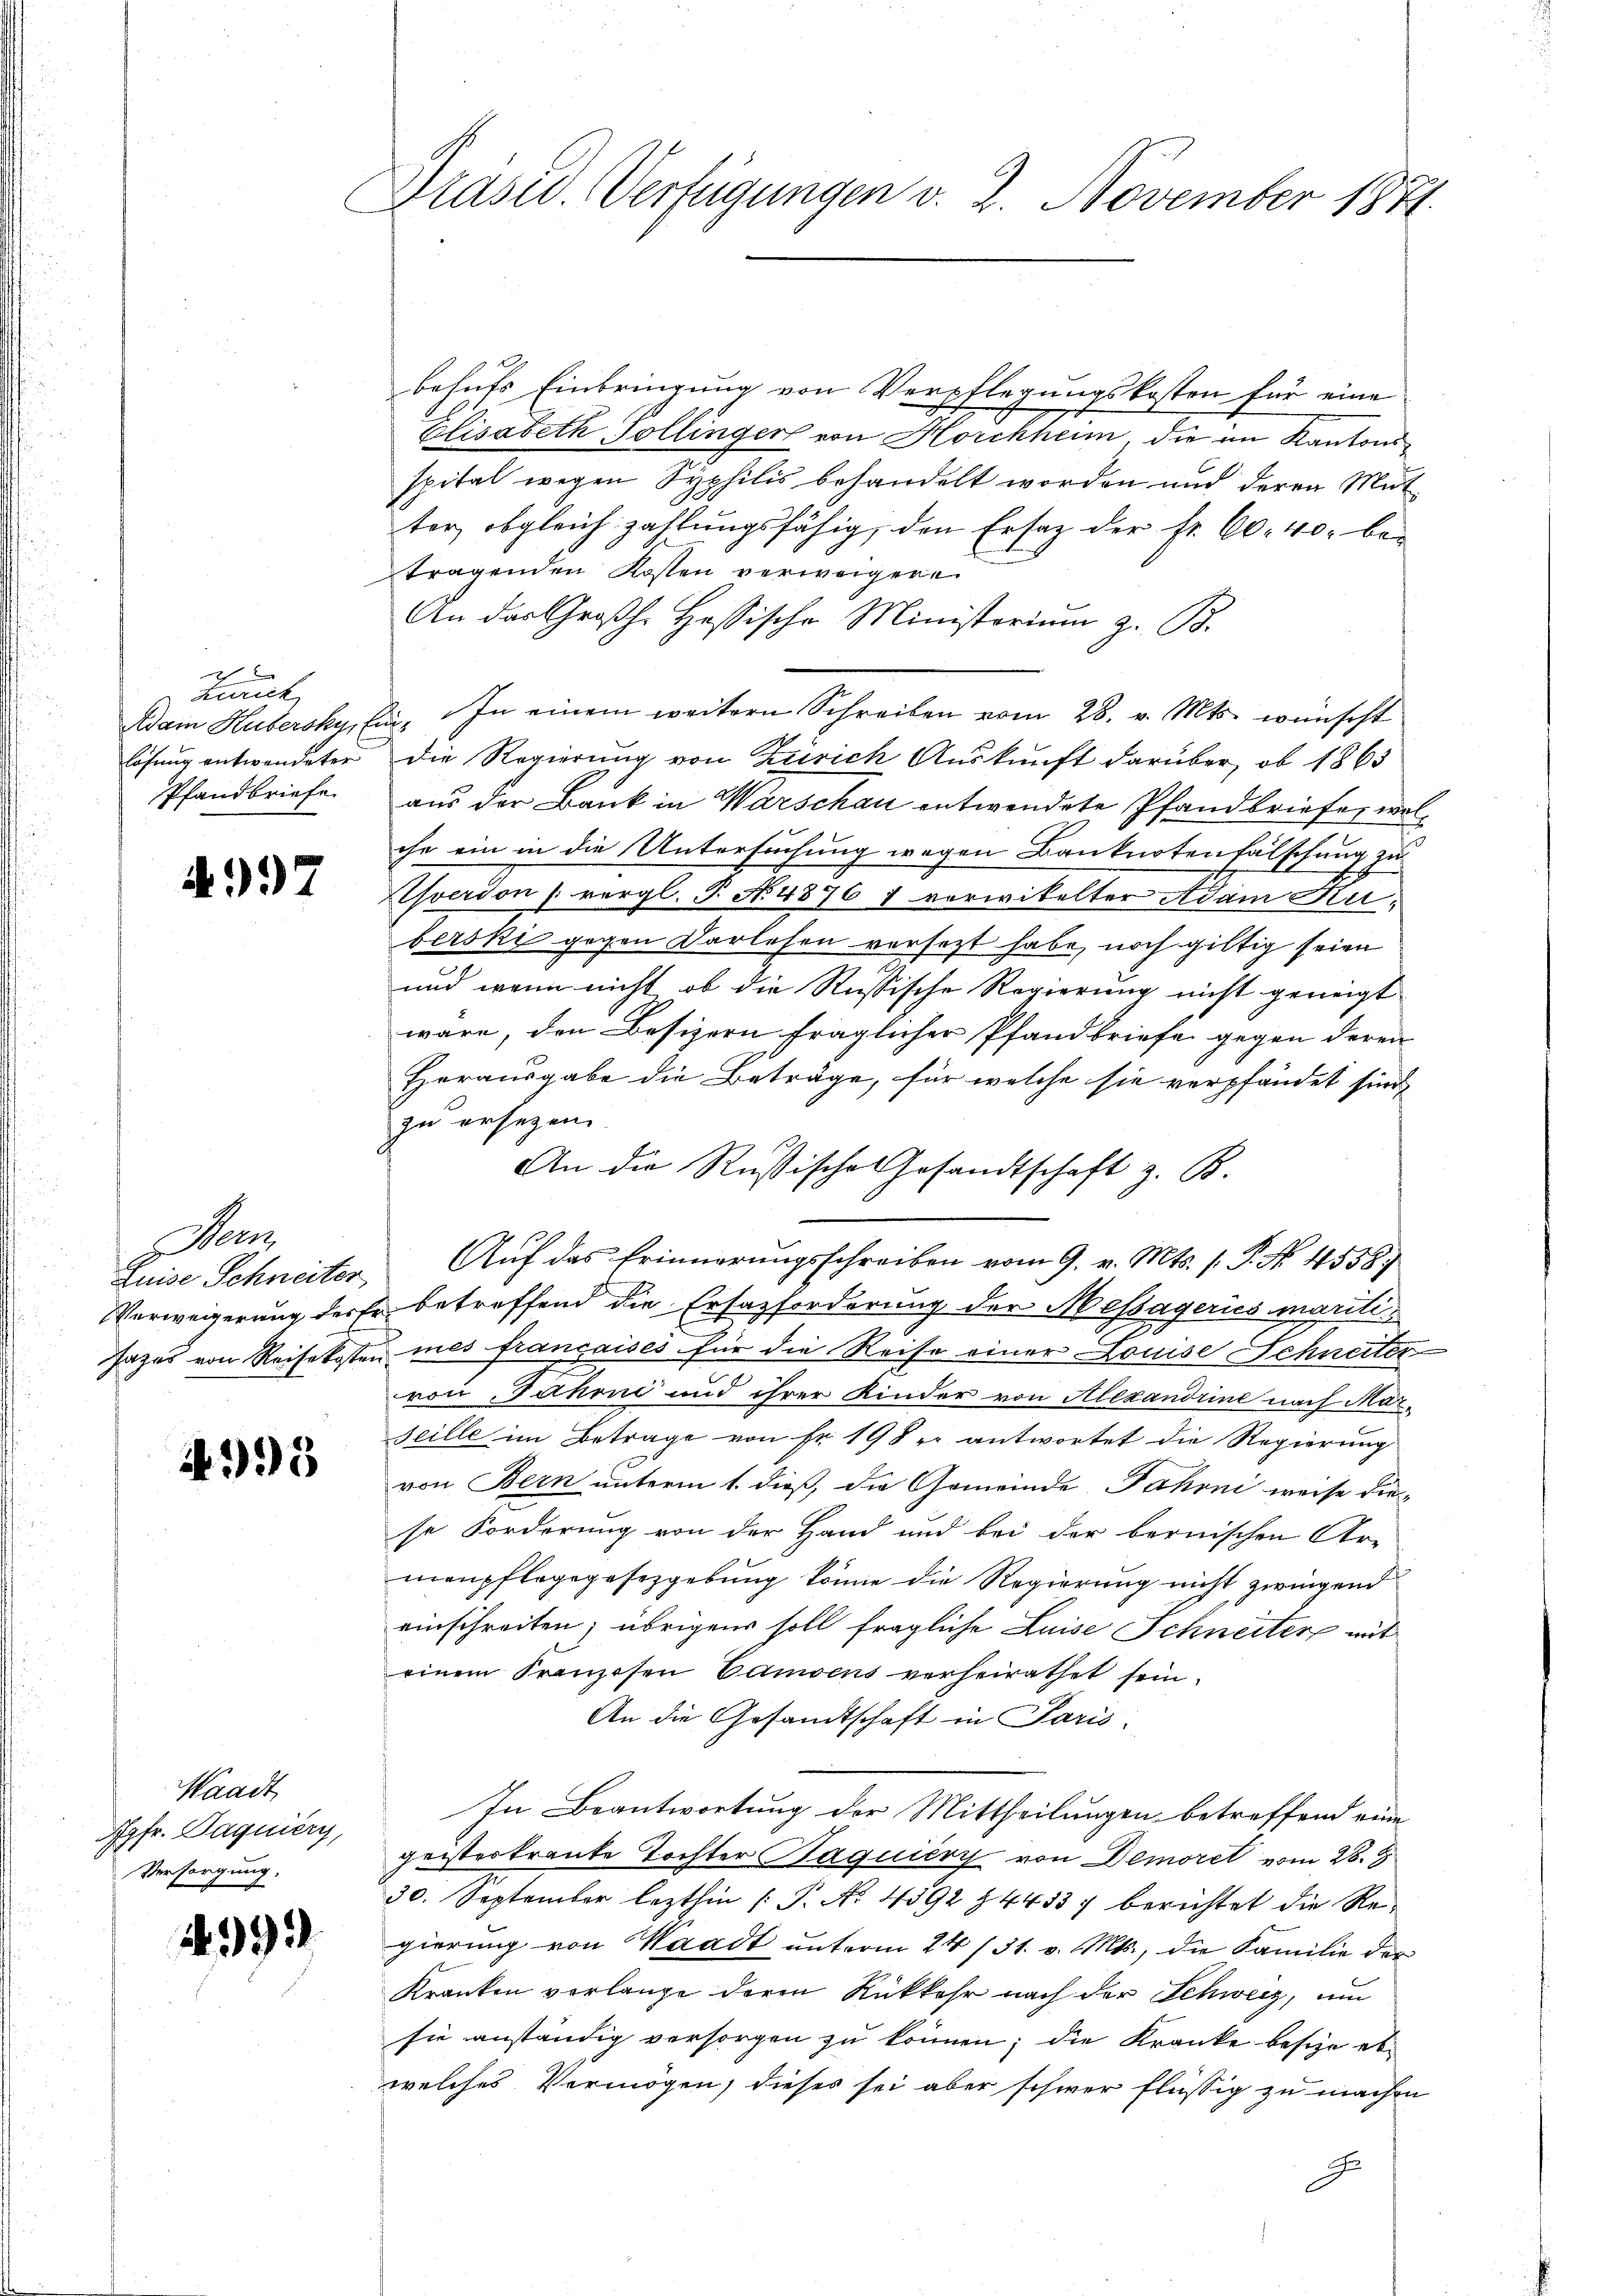
6
zurick
Adam Hubersky, Ein¬
Pfandbriefe

4997

o

395

Waadt
Apfr. Daquiery,
Versorgung.

4993

Präsid. Verfügungen v. 2. November 1871.

behufs Einbringung von Verpflegungskosten für eine
Elisabeth Sollinger von Horchheim, die im Kantonsspital wegen Syphilis behandelt worden und deren Mut
ter, obgleich zahlungsfähig, den Ersatz der Fr. 60. 40, be-
tragenden Kosten verweigere
An das Großh. Hassische Ministerium z. B.
In einem weitern Schreiben vom 28. v. Mts. wünscht
lösung entwendeter die Regierung von Zürich Auskunft darüber, ob 1865
aus der Bank in Warschau entwendete Pfandbriefe, welche ein in die Untersuchung wegen Banknotenfälschung zu
verdon vergl. P. Nr. 4876 7 vorwikelter Adam Ruberski gegen Darlehen versezt habe, noch giltig seien
und wenn nicht, ob die Russische Regierung nicht geneigt
wäre, den Besizern fraglicher Pfandbriefe gegen deren
Herausgabe die Beträge, für welche sie verpfändet sind,
zu ersezen
An die Rußische Gesandtschaft z. B.
Luise Schneiter. Auf das Erinnerungsschreiben vom 9. v. Mts. (: P. No. 4558)
Verweigerung der Er betreffend die Ersatzforderung der Messägeries maritisazes von Reisekosten mes françaises für die Reise einer Louise Schneiter
von Jahre und ihrer Kinder von Alexandrine nach Marseille im Betrage von Fr. 19 Fr. antwortet die Regierung
von Bern unterm 1. dieß, die Gemeinde Fahrni weise die-
se Forderung von der Hand und bei der bernischen Ar-
menpflegegesezgebung könne die Regierung nicht zwingend
einschreiten; übrigens soll fragliche Luise Schneiter mit
einem Franzosen Camsens verheirathet sein.
An die Gesandtschaft in Paris.
In Beantwortung der Mittheilungen betreffend eine
geistertraute Tochter Paquiery von Demorel vom 28. J
30. September lezthin /: P. Nr. 4592 § 4433) berichtet die Re-
gierung von Waadt unterm 24 /31. v. Mts., die Familie der
Kranken vorlange deren Rükkehr nach der Schweiz, um
sie anständig versorgen zu können; die Kranke besize et
welches Vermögen, dieses sei aber schwer flüssig zu machen
J